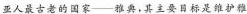
亚人最古老的国家—雅典，其主要目标是维护雅